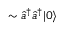
\sim \hat { a } ^ { \dagger } \hat { a } ^ { \dagger } | 0 \rangle